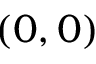
( 0 , 0 )